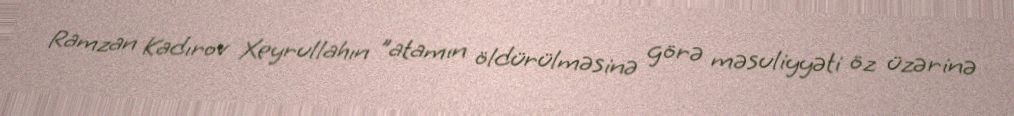
Ramzan Kadırov Xeyrullahın "atamın öldürülməsinə görə məsuliyyəti öz üzərinə